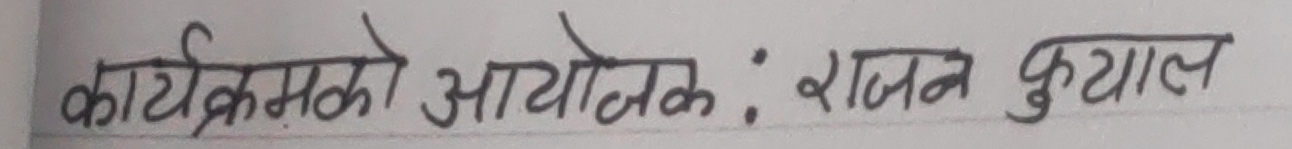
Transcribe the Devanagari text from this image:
कार्यक्रमको आयोजक : राजन कुयाल